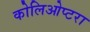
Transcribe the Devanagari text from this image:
कोलिओप्टरा